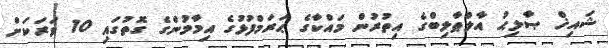
ޝައިޚް ޞާލިޙު އާލްޠާލިބްގެ އިތުރުން މައްކާގެ ޙަރަމްފުޅުގެ އިމާމުންގެ ގޮތުގައި 10 ވަރަކަށް